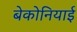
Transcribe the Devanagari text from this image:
बेकोनियाई